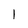
Character: l